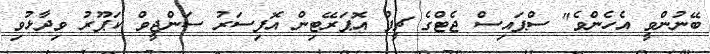
ބޭނުންވީ އެހެންވެ" ސްޕައިސް ޖެޓްގެ ޗީފް އޮޕަރޭޓިން އޮފިސަރު ސަންޖީވް ކަޕޫރު ވިދާޅުވި